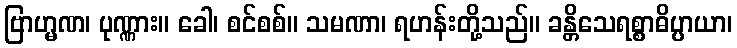
ဗြာဟ္မဏ၊ ပုဏ္ဏား။ ခေါ၊ စင်စစ်။ သမဏာ၊ ရဟန်းတို့သည်။ ခန္တိသေရစ္စာဓိပ္ပာယာ၊